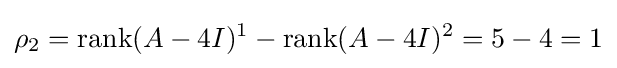
\rho _{2}=\operatorname {rank} (A-4I)^{1}-\operatorname {rank} (A-4I)^{2}=5-4=1